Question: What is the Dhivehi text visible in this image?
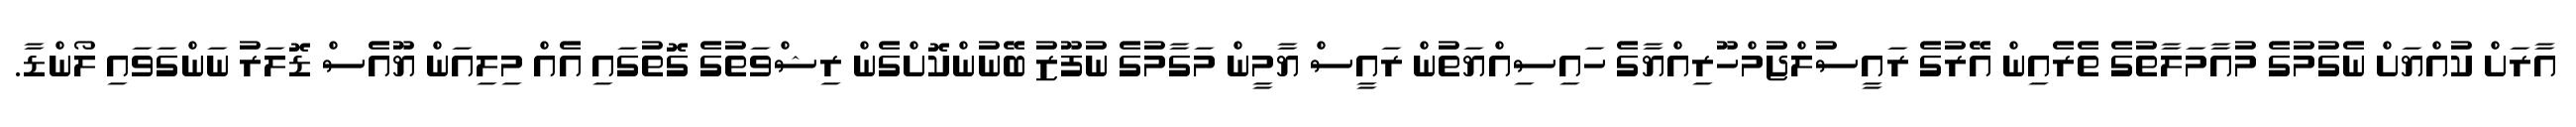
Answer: އާރަށް ކުއްޔަށް ނެގުމުގެ މުއާމަލާތުގެ ތެރެއިން އޭރުގެ ރައީސުލްޖުމްހޫރިއްޔާގެ ހައިސިއްޔަތުން ރައީސް ޔާމީން މަގާމުގެ ނުފޫޒު ބޭނުންކޮށްގެން ރިޝްވަތުގެ ގޮތުގައި އެއް މިލިއަން ޔޫއެސް ޑޮލަރު ނަންގަވައި ލޯންޑާ.